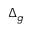
\Delta _ { g }